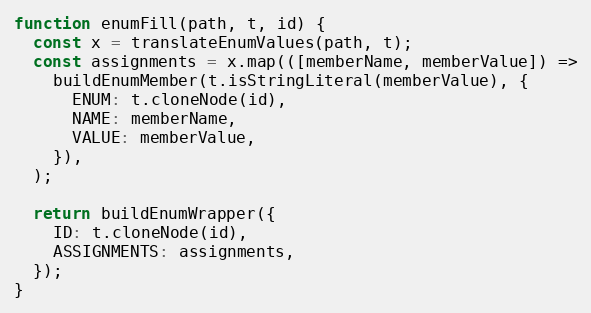
Language: JavaScript
function enumFill(path, t, id) {
  const x = translateEnumValues(path, t);
  const assignments = x.map(([memberName, memberValue]) =>
    buildEnumMember(t.isStringLiteral(memberValue), {
      ENUM: t.cloneNode(id),
      NAME: memberName,
      VALUE: memberValue,
    }),
  );

  return buildEnumWrapper({
    ID: t.cloneNode(id),
    ASSIGNMENTS: assignments,
  });
}